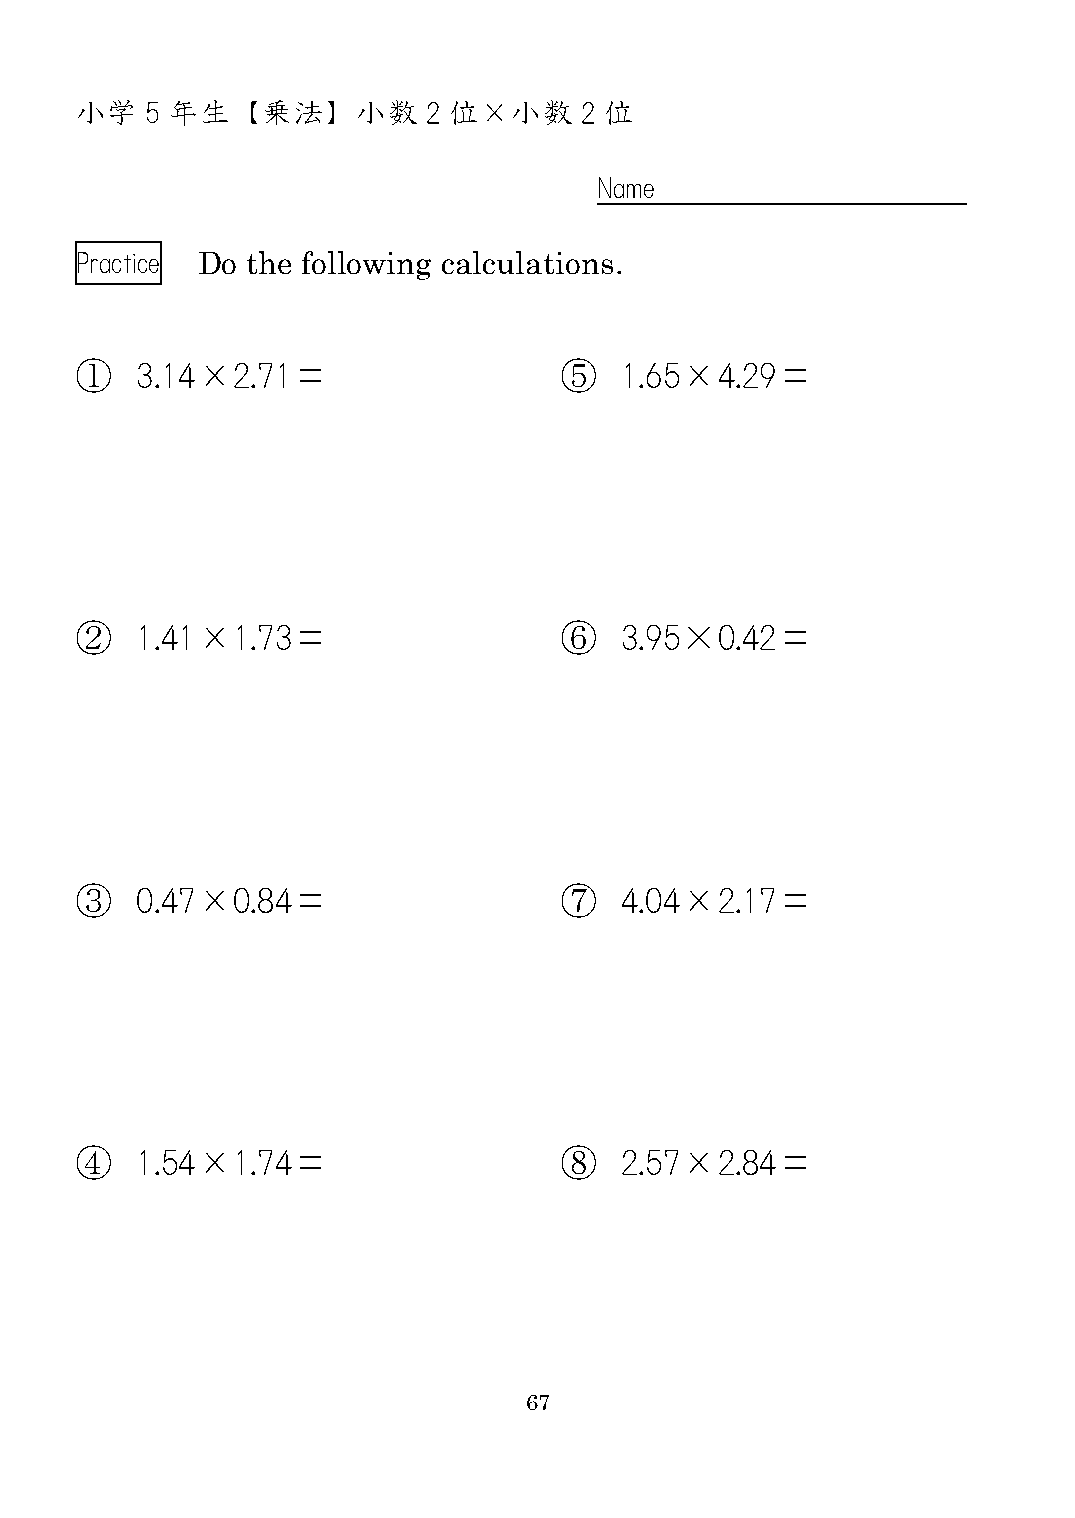
小学   5 年生  【乗法】    小数  2 位×小数    2 位
 Name
 Practice Do the following calculations.
 ①   3.14×2.71＝                  ⑤   1.65×4.29＝
 ②   1.41×1.73＝                  ⑥   3.95×0.42＝
 ③   0.47×0.84＝                  ⑦   4.04×2.17＝
 ④   1.54×1.74＝                  ⑧   2.57×2.84＝
 67